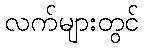
လက်များတွင်